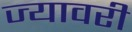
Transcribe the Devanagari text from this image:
ज्यावरी